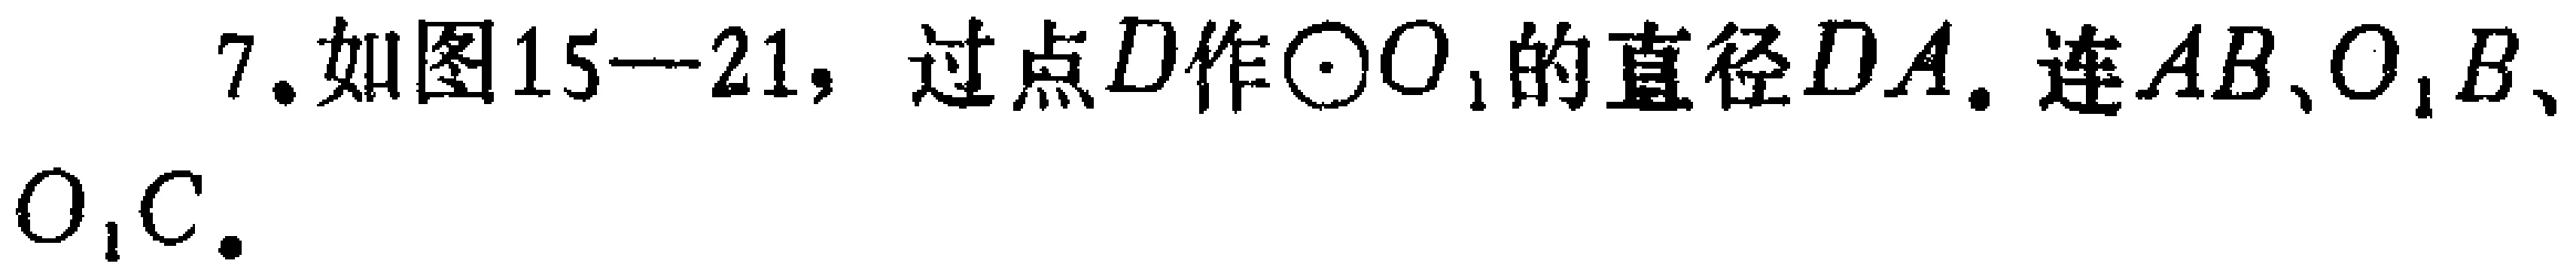
7. 如图15—21，过点\(D\)作\(\odot O_{1}\)的直径\(DA\). 连\(AB\)、\(O_{1}B\)、\(O_{1}C\).